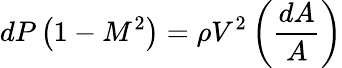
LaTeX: dP\left(1-M^{2}\right)=\rho V^{2}\left({\frac{dA}{A}}\right)